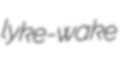
lyke-wake